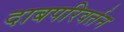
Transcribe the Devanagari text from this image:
दाबपरिवर्तन